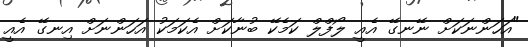
"އަހަންނަކަށް ނޭނގޭ އެއީ ލޯފްލް ކަމެކޭ ބުނާކަށް އެކަމަކު އަހަންނަށް އިނގޭ އެއީ